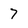
Character: 7